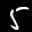
Label: 5